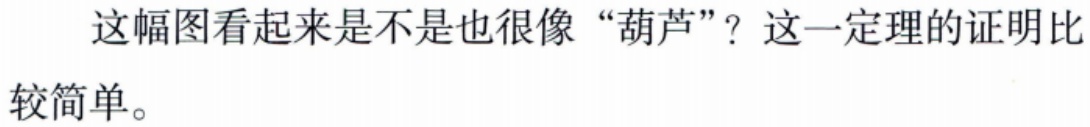
这幅图看起来是不是也很像“葫芦”？这一定理的证明比较简单。